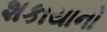
શકાયાનો